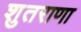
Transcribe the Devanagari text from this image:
शुतराणा